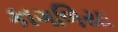
કાગળિયા